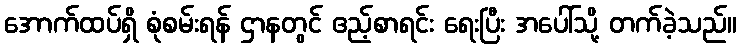
အောက်ထပ်ရှိ စုံစမ်းရန် ဌာနတွင် ဧည့်စာရင်း ရေးပြီး အပေါ်သို့ တက်ခဲ့သည်။